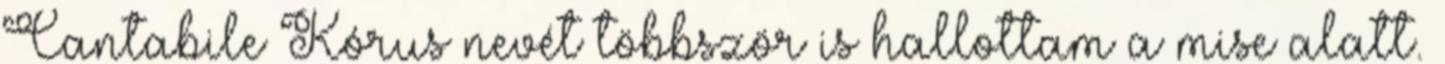
Cantabile Kórus nevét többször is hallottam a mise alatt.